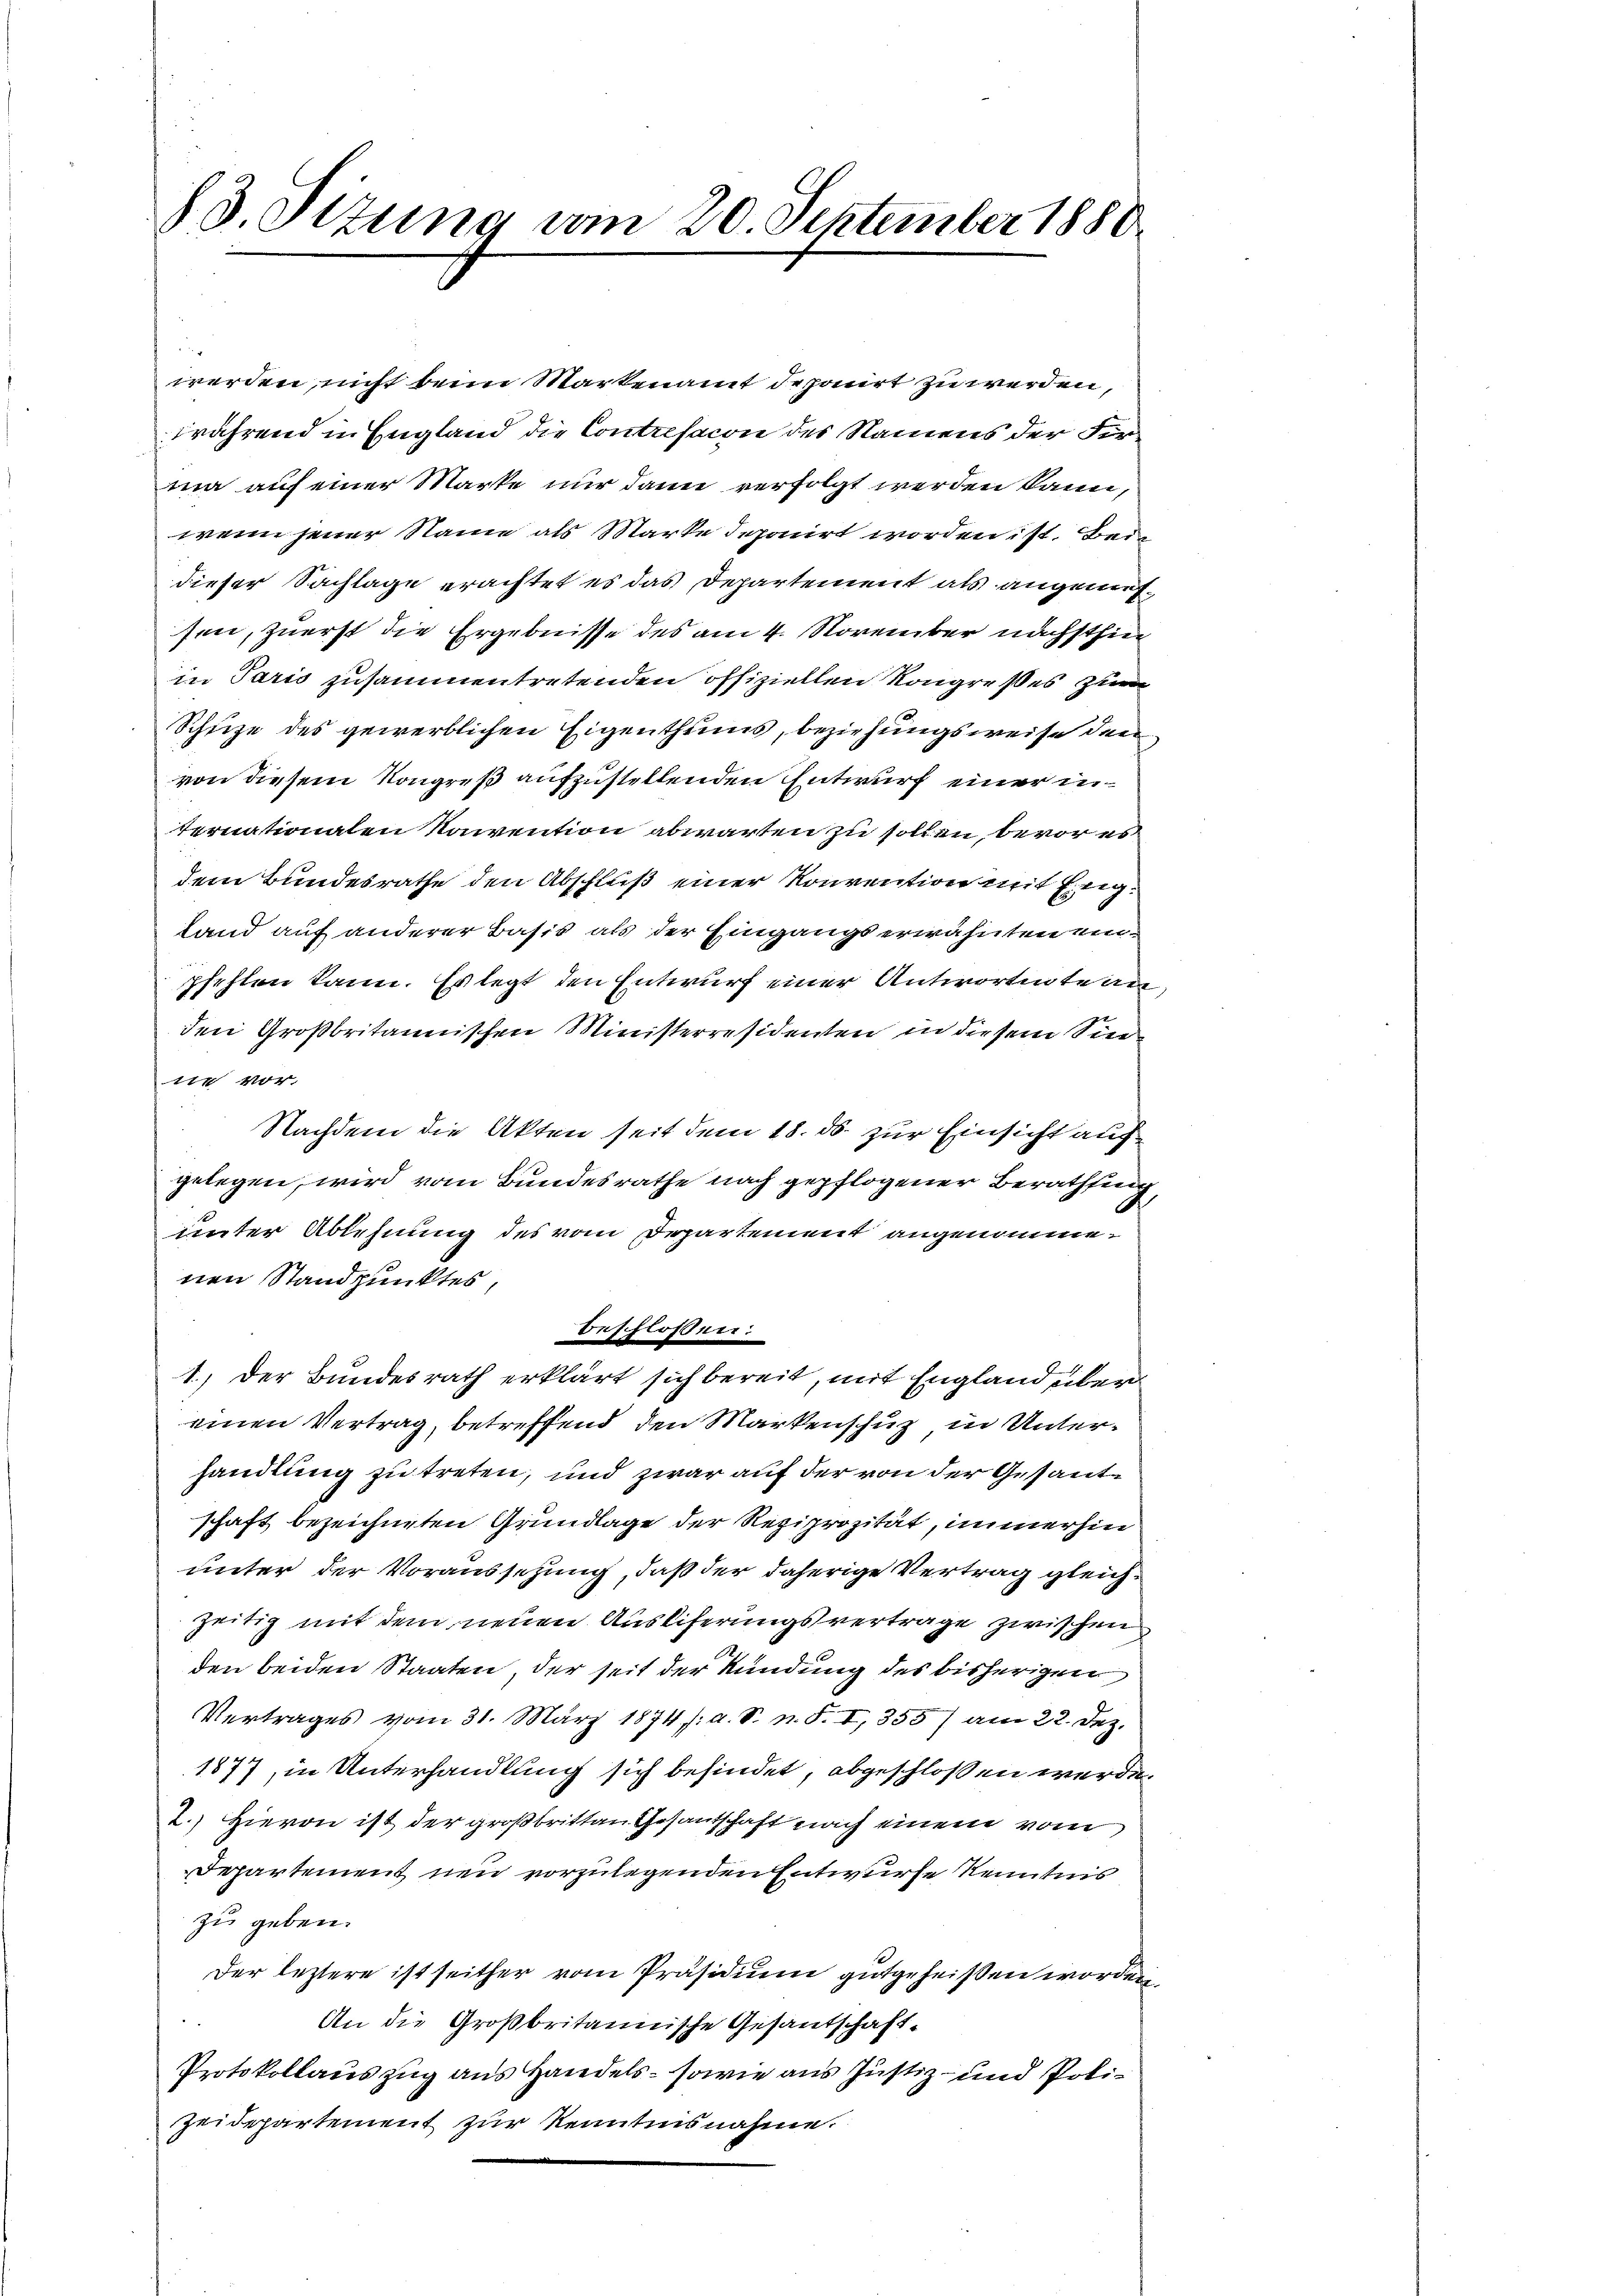
werden, nicht beim Martenamt deponirt zu werden,
während in England die Contrefacon des Namens der Firma auf einer Marke nur dann verfolgt werden kann,
wenn jener Name als Marke deponirt worden ist. Bei
dieser Sachlage erachtet es das Departement als angemessen, zuerst die Ergebnisse des am 4. November nächsthin
in Paris zusammentretenden offiziellen Kongreßes zum
Schuze des gewerblichen Eigenthums, beziehungsweise den
von diesem Kongreß aufzustellenden Entwurf einer in
ternationalen Naivention abwarten zu sollen, bevor es
dem Bundesrathe den Abschluß einer Konvention mit Eng¬
Land auf anderer Basis als der Eingangserwähnten einpfehlen kann. Es legt den Entwurf einer Antwortenten,
den Großbritannischen Ministerresidenten in diesem Sintie vor.
Nachdem die Akten seit dem 18. ds. zur Einsicht auch
gelegen, wird vom Bundesrathe nach gepflogener Berathung
unter Ablehnung des vom Departement angenommenen Standpunktes,
beschlossen:
1.) Der Bundesrath erklärt sich bereit, mit England über
einen Vertrag, betreffend den Markenschuz, in Unterhandlung zu treten, und zwar auf der von der Gesantschaft bezeichneten Grundlage der Reziprozität, immerhin
unter der Voraussetzung, daß der daherige Vertrag gleichzeitig mit dem neuen Ausliferungsvertrage zwischen
den beiden Staaten, der seit der Kündung des bisherigen
Vertrages vom 31. März 1874 /: a. S. n. F. I, 355) am 22. Dez.
1877, in Unterhandlung sich befindet, abgeschlossen werde.
2.) Hievon ist der großbritten Gesantschaft nach einem vom
Departement neu vorzulegenden Entwurfe Kenntnis
zu geben.
Der leztere ist seither vom Präsidium gutgeheißen worden,
An die Großbritannische Gesandschaft-
Protokollauszug aus Handels- sowie aus Justiz- und Poli¬
Zeidepartement zur Kenntnisnahme.

83. Sizung vom 20. September 1880